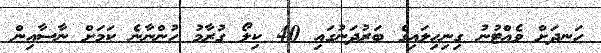
ހަނދަށް ވެއްޓުނު ގިނިހިލައިގެ ބަރުދަނުގައި 40 ކިލޯ ގުރާމު ހުންނާނެ ކަމަށް ނާސާއިން